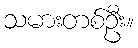
သမားတစ်ဦး။